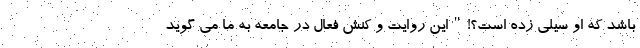
باشد که او سیلی زده است؟!"این روایت و کنش فعال در جامعه به ما می گوید